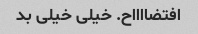
افتضااااح. خیلی خیلی بد